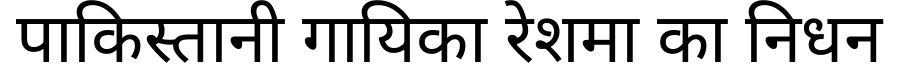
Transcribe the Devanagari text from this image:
पाकिस्तानी गायिका रेशमा का निधन